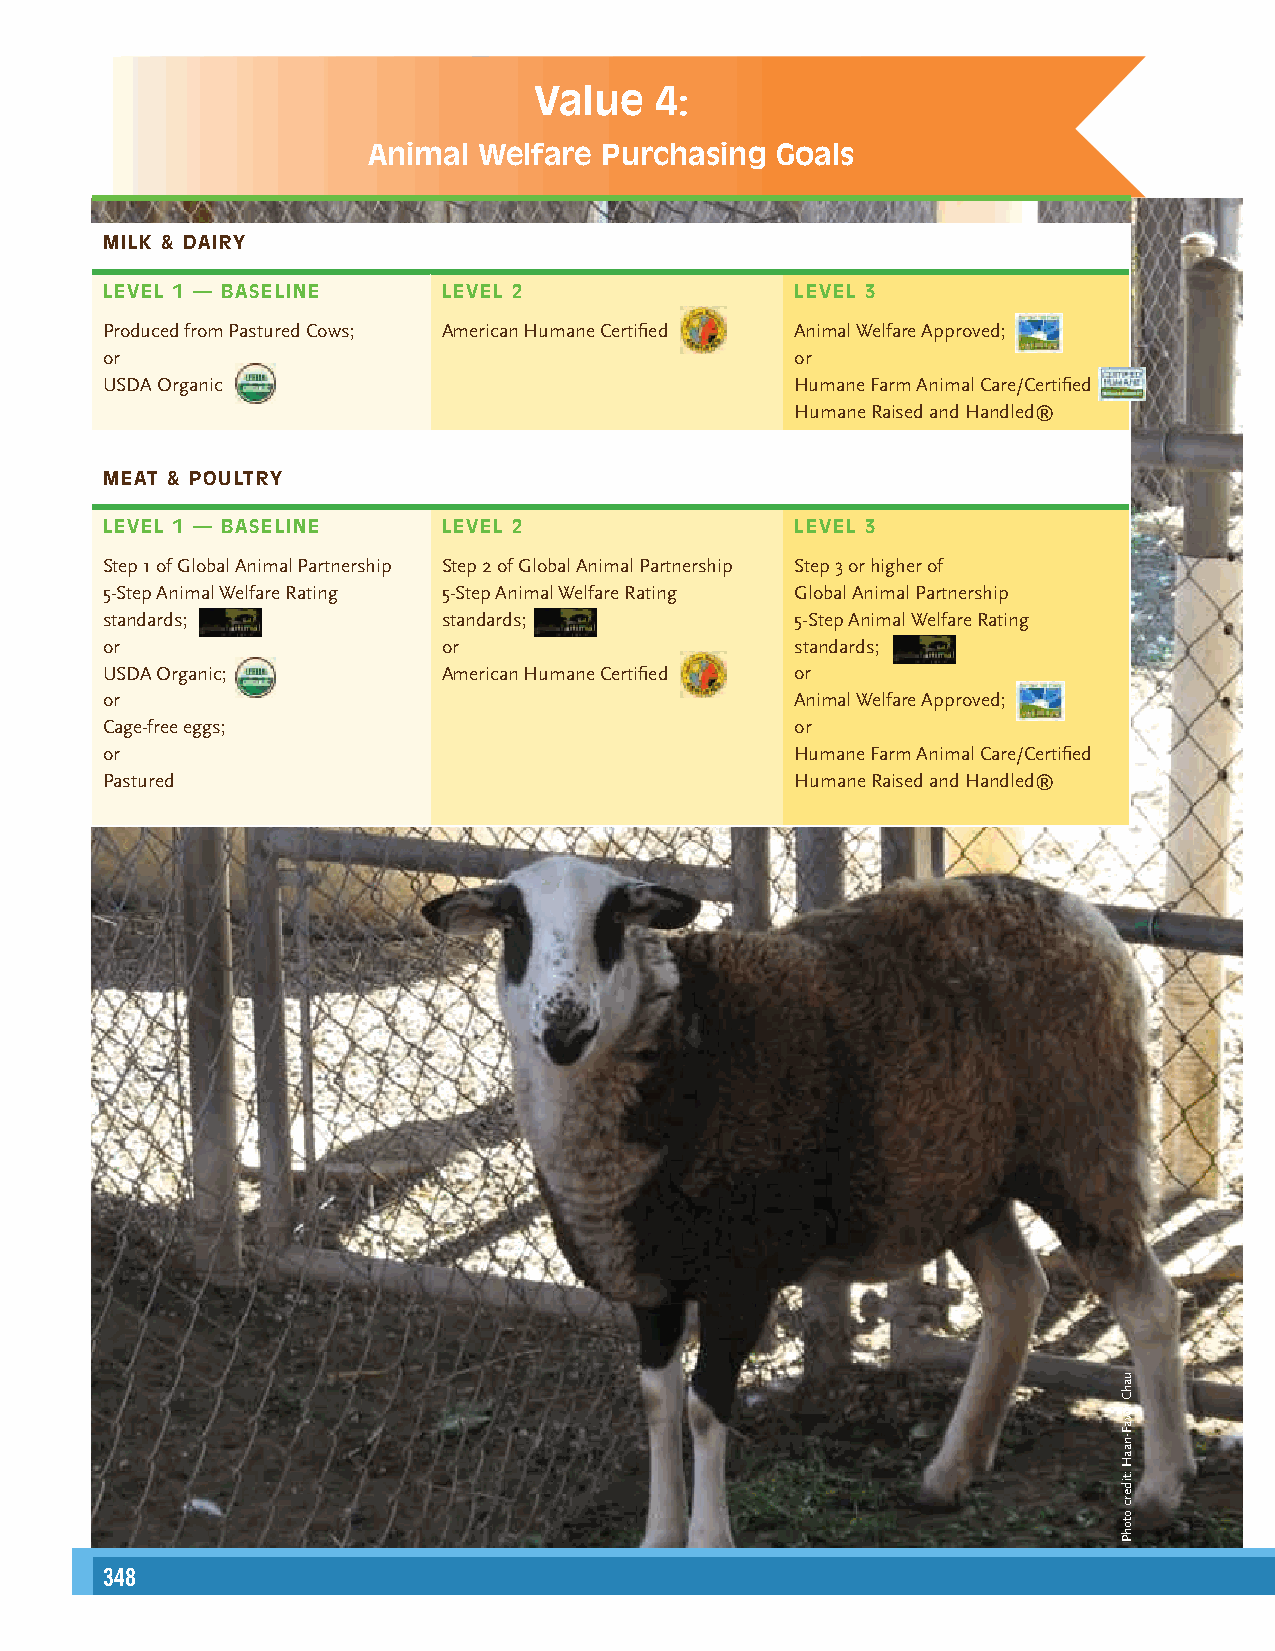
Value   4:
 Animal  Welfare Purchasing Goals
 MILK & DAIRY
 LEVEL 1 — BASELI NE   LEVEL 2                 LEVEL 3
 Produced from Pastured Cows; American Humane Certified Animal Welfare Approved;
 or                                            or
 USDA Organic                                  Humane Farm Animal Care/Certified
 Humane Raised and Handled®
 MEAT & POULTRY
 LEVEL 1 — BASELI NE   LEVEL 2                 LEVEL 3
 Step 1 of Global Animal Partnership Step 2 of Global Animal Partnership Step 3 or higher of
 5-Step Animal Welfare Rating 5-Step Animal Welfare Rating Global Animal Partnership
 standards;            standards;              5-Step Animal Welfare Rating
 or                    or                      standards;
 USDA Organic;         American Humane Certified or
 or                                            Animal Welfare Approved;
 Cage-free eggs;                               or
 or                                            Humane Farm Animal Care/Certified
 Pastured                                      Humane Raised and Handled®
 24348                                                                                                                                                     349
 uahC
 nwaF-naaH
 :tiderc
 otohP